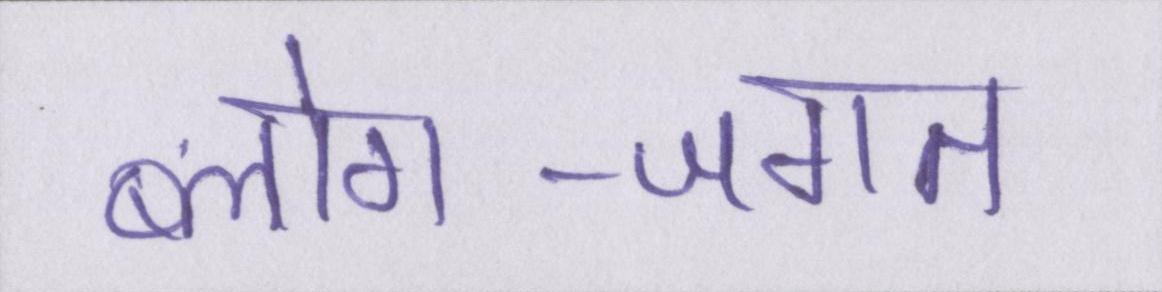
ब्लोग-जगत